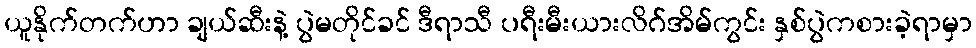
ယူနိုက်တက်ဟာ ချယ်ဆီးနဲ့ ပွဲမတိုင်ခင် ဒီရာသီ ပရီးမီးယားလိဂ်အိမ်ကွင်း နှစ်ပွဲကစားခဲ့ရာမှာ